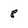
Character: 8